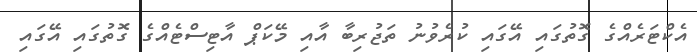
އެކްޓަރެއްގެ ގޮތުގައި އޭގައި ކުރެވުނު ތަޖުރިބާ އާއި މޭކަޕް އާޓިސްޓެއްގެ ގޮތުގައި އޭގައި